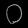
Digit: ၀